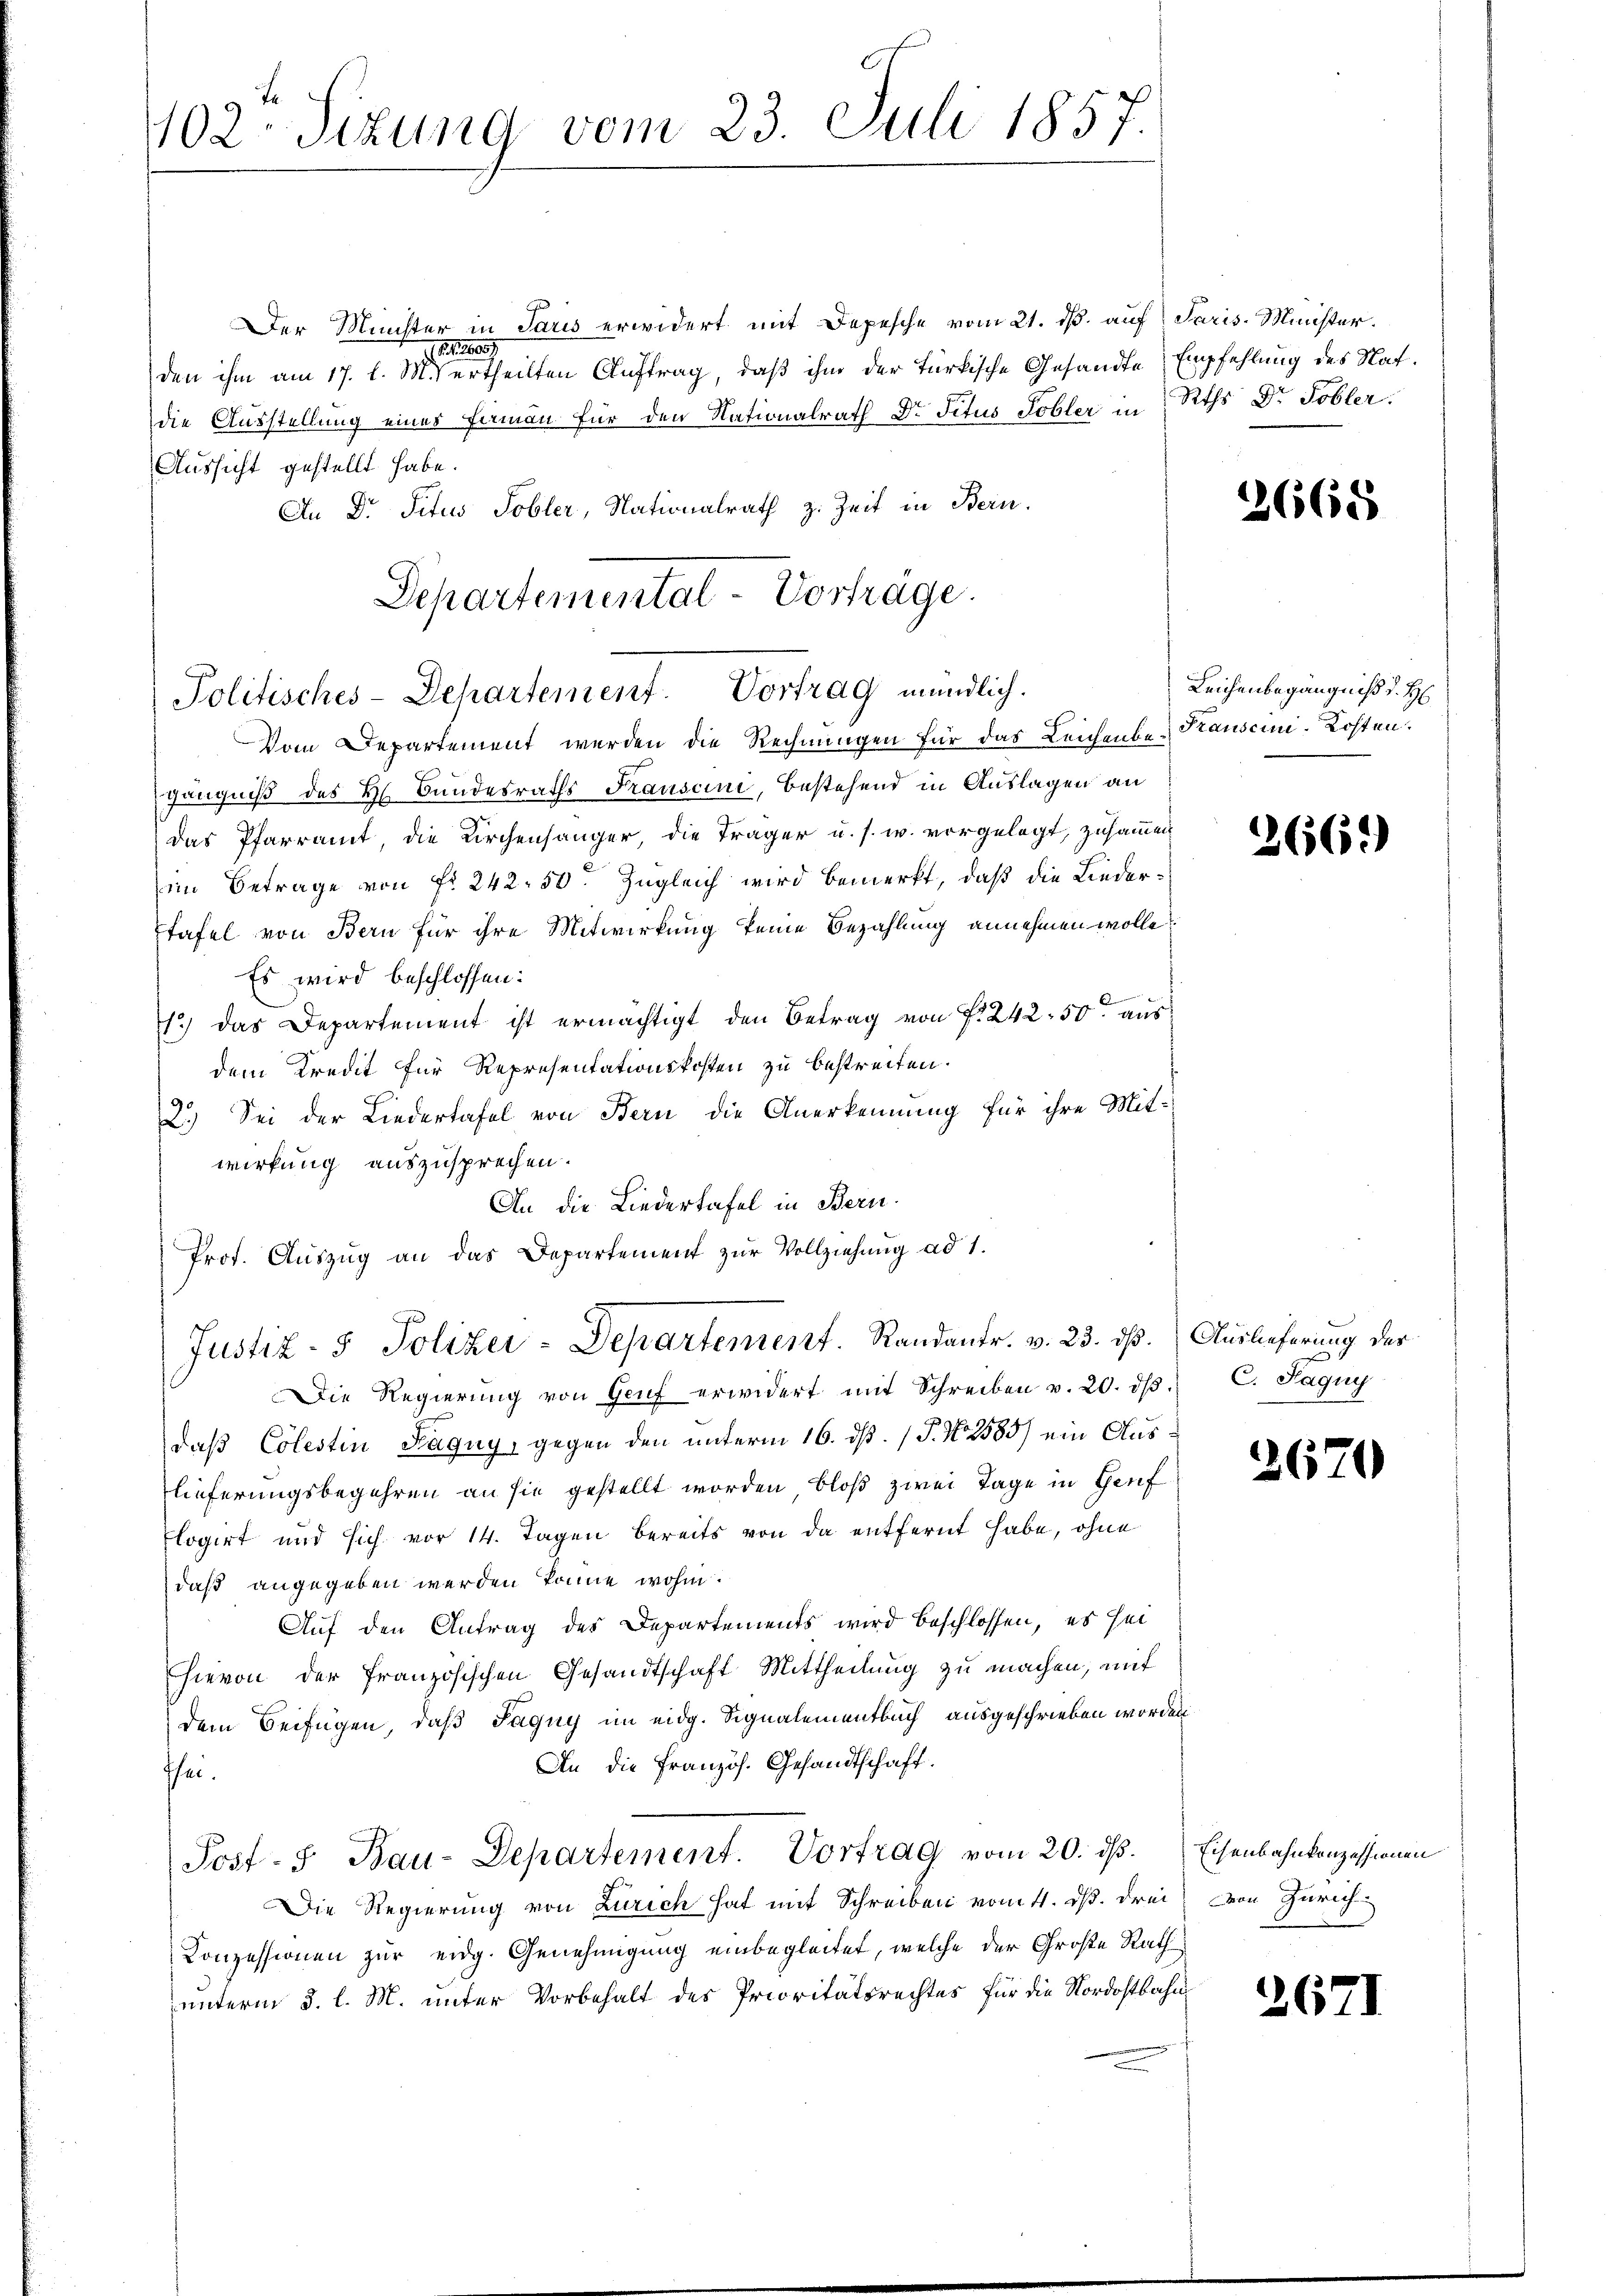
Der Münster in Paris erwidert mit Depesche vom 21. ds. auf Paris-Minister.
 1807
den ihm am 17. l. M. ertheilten Auftrag, daß ihm der Türkische Gesandte
die Ausstellung eines Firmann für den Nationalrath Dr. Titus Tobler in
Aussicht gestellt habe.
An Dr. Titus Tobler, Nationalrath z. Zeit in Bern.
Separtemental-Vorträge.

1102. Sizung vom 23. Juli 1857.

gängniß des H. Bundesraths Frauscini, bestehend in Auslagen an
das Pfarramt, die Kirchenhänger, die Träger u. s. w. vorgelegt, zusammen
im Betrage von fr. 242. 50. Zugleich wird bemerkt, daß die Liedertafel von Bern für ihre Mitwirkung keine Bezahlung annehmen wolle?
Es wird beschlossen:
1.) das Departement ist ermächtigt den Betrag von fl 242. 50 ausdem Kredit für Representationskosten zu bestreiten.
3.) Sei der Liedertafel von Bern die Anerkennung für ihre Mitwirkung auszusprechen.
An die Liedertafel in Bern.
Prof. Auszug an das Departement zur Vollziehung ad 1.
Die Regierŭng von Genf erwidert mit Schreiben v. 20. dβ. C. Sagny
daß Colestin Pagny, gegen den unterm 16. ds. (T. N. 2585) ein Auslieferungsbegehren an sie gestellt worden bloß zwei Tage in Genf
Elogirt und sich vor 14. Tagen bereits von da entfernt habe, ohne
daß angegeben werden könne wohin.
Auf den Antrag des Departements wird beschlossen, es sei
hievon der französischen Gesandtschaft Mittheilung zu machen, mit
dem Beifügen, daß Paguy im eidg. Signalementbuch ausgeschrieben worden
An die Französ. Gesandtschaft.
hei.
Post- & Bau-Departement. Vortrag vom 20. ds. Eisenbahnkonzessionen
Die Regierung von Zürich hat mit Schreiben vom 4. ds. drei
Conzessionen zur eidg. Genehmigung einbegleitet, welche der Große Rath
unterm 3. l. M. unter Vorbehalt des Prioritätsrechtes für die Nordostbahn¬

Politisches-Departement. Vortrag mündlich.
Vom Departement werden die Rechnungen für das Leichenbe-Kauscini-Kosten.

Justiz- & Polizei-Departement. Randantr. v. 23. dß. Auslieferung der

Empfehlung des Nat.
Rths Dr. Tobler.

2665

Leichenbegängniß u. H

2669)

2670

von Zürich.

267